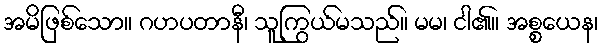
အမိဖြစ်သော။ ဂဟပတာနီ၊ သူကြွယ်မသည်။ မမ၊ ငါ၏။ အစ္စယေန၊